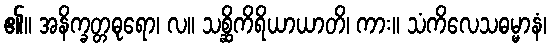
၏။ အနိက္ခတ္တဓုရော၊ လ။ သစ္ဆိကိရိယာယာတိ၊ ကား။ သံကိလေသဓမ္မာနံ၊